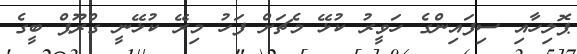
ޕޮލިހާއި ސިފައިންގެ ހަވީރު ކުޅޭ މެޗަށް ފަހު މިރޭ ކުޅޭނީ ގްރޫޕް ބީގެ